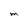
Character: M